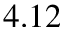
4 . 1 2